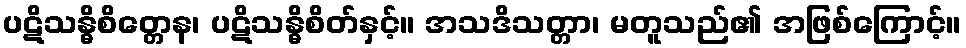
ပဋိသန္ဓိစိတ္တေန၊ ပဋိသန္ဓိစိတ်နှင့်။ အသဒိသတ္တာ၊ မတူသည်၏ အဖြစ်ကြောင့်။